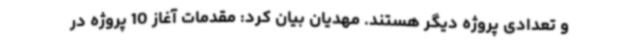
و تعدادی پروژه دیگر هستند. مهدیان بیان کرد: مقدمات آغاز 10 پروژه در